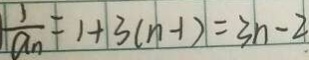
\frac { 1 } { a _ { n } } = 1 + 3 ( n - 1 ) = 3 n - 2